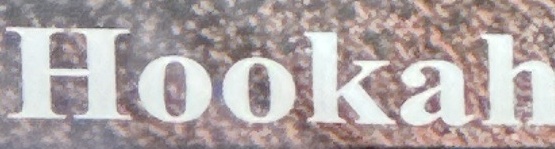
HOOKAH